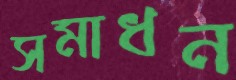
সমাধন